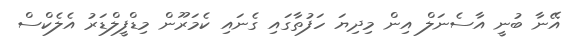
އޭނާ ބުނީ އާސެނަލް އިން މިދިޔަ ހަފުތާގައި ގެނައި ކެމަރޫން މިޑްފީލްޑަރު އެލެކްސް